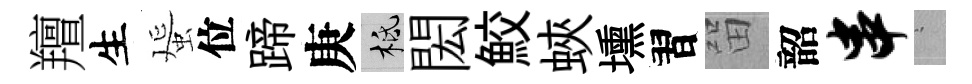
羶生蜑位蹄庚柢閎鮫蛺壎習㽞韶串搖